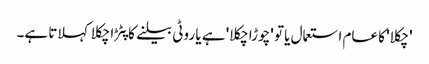
'چکلا' کا عام استعمال یا تو 'چوڑا چکلا' ہے یا روٹی بیلنے کا پٹڑا چکلا کہلاتا ہے۔